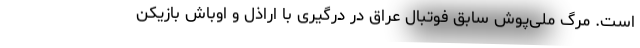
است. مرگ ملی‌پوش سابق فوتبال عراق در درگیری با اراذل و اوباش بازیکن